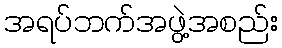
အရပ်ဘက်အဖွဲ့အစည်း